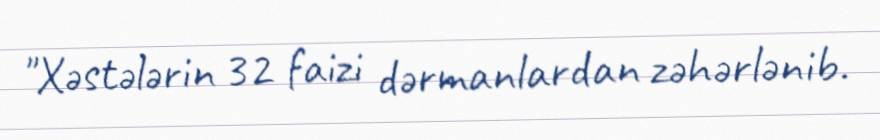
"Xəstələrin 32 faizi dərmanlardan zəhərlənib.